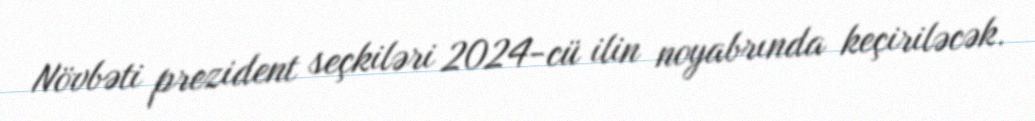
Növbəti prezident seçkiləri 2024-cü ilin noyabrında keçiriləcək.